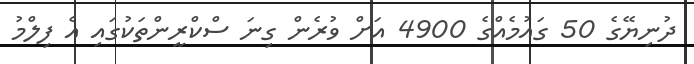
ދުނިޔޭގެ 50 ގައުމެއްގެ 4900 އަށް ވުރެން ގިނަ ސްކްރީންތަކުގައި އެ ފިލްމު